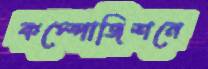
কম্পোজিশনে